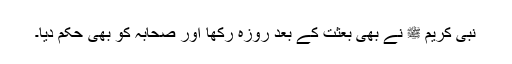
نبی کریم ﷺ نے بھی بعثت کے بعد روزہ رکھا اور صحابہؓ کو بھی حکم دیا۔